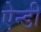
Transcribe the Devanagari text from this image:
ऐन्डी